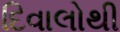
દિવાલોથી